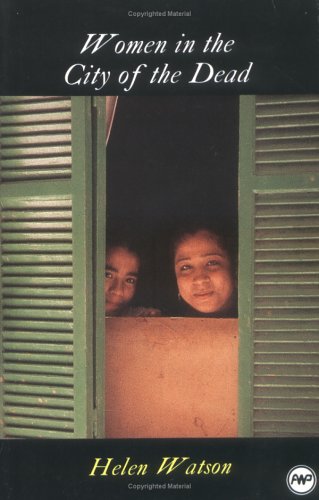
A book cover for Women in the City of the Dead; Helen Watson; Religion & Spirituality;